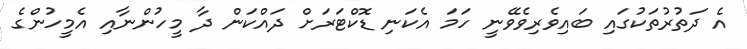
އެ ދަތުރުތަކުގައި ބައިވެރިވެވޭނީ ހަމަ އެކަނި ޑޮކްޓަރަށް ދައްކަން ދާ މީހުންނާއި އެމީހުންގެ